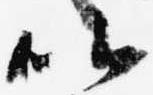
以